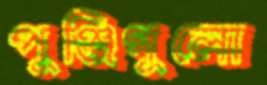
পুঞ্জিগুলো